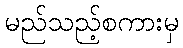
မည်သည့်စကားမှ